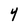
Character: 4